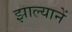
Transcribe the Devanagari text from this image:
झाल्यानें